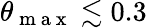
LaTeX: \theta_{\mathrm{~m~a~x~}}\lesssim 0.3